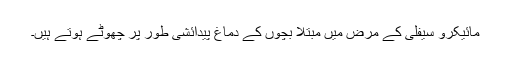
مائیکرو سیفلی کے مرض میں مبتلا بچوں کے دماغ پیدائشی طور پر چھوٹے ہوتے ہیں۔